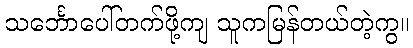
သင်္ဘောပေါ်တက်ဖို့ကျ သူကမြန်တယ်တဲ့ကွ။